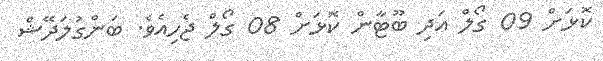
ކޮޅަށް 09 ގޯލް އަދި ބޫޓާން ކޮޅަށް 08 ގޯލް ޖެހިއެވެ. ބަންގުލަދޭޝް